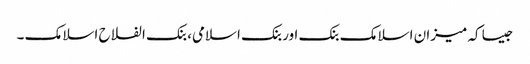
جیسا کہ میزان اسلامک بنک اور بنک اسلامی، بنک الفلاح اسلامک ۔